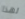
لهذا